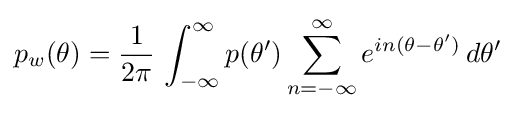
p_{w}(\theta )={\frac {1}{2\pi }}\,\int _{-\infty }^{\infty }p(\theta ')\sum _{n=-\infty }^{\infty }e^{in(\theta -\theta ')}\,d\theta '